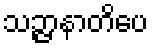
သဉ္ဇာနာတိပေ